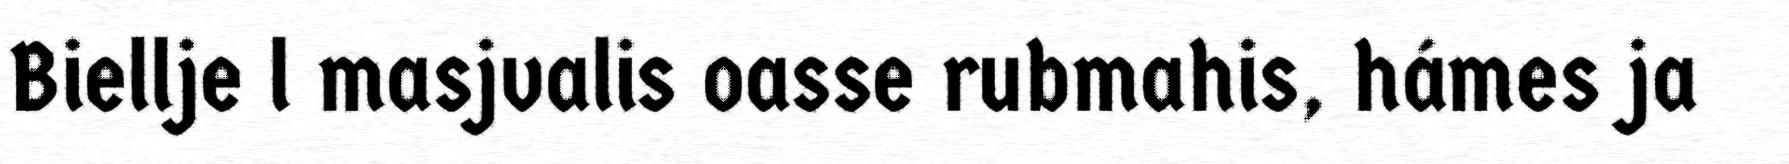
Biellje l masjvalis oasse rubmahis, hámes ja